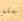
بعكس